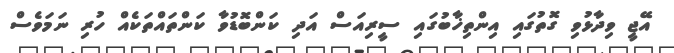
އޭޖީ ވިދާޅުވި ގޮތުގައި އިންތިޚާބުގައި ސީރިއަސް އަދި ކަންބޮޑުވާ ކަންތައްތަކެއް ހުރި ނަމަވެސް